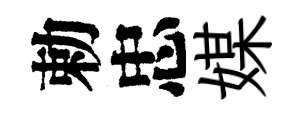
勅忠媒